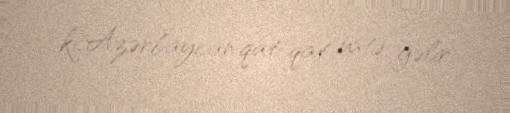
ki, Azərbaycan qat-qat üstə gəlir.